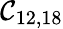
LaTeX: \mathcal{C}_{12,18}